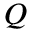
Q